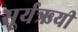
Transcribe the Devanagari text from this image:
सूर्यऋयी